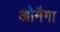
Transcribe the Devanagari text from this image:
ओमैगा